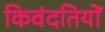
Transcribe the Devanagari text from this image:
किवंदतियों